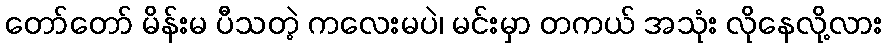
တော်တော် မိန်းမ ပီသတဲ့ ကလေးမပဲ၊ မင်းမှာ တကယ် အသုံး လိုနေလို့လား